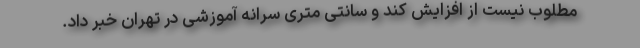
مطلوب نیست از افزایش کند و سانتی متری سرانه آموزشی در تهران خبر داد.